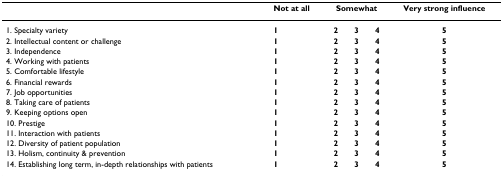
|  | Not at all | <COLSPAN=3> Somewhat | Very strong influence |
 | --- | --- | --- | --- | --- | --- |
 | 1. Specialty variety | 1 | 2 | 3 | 4 | 5 |
 | 2. Intellectual content or challenge | 1 | 2 | 3 | 4 | 5 |
 | 3. Independence | 1 | 2 | 3 | 4 | 5 |
 | 4. Working with patients | 1 | 2 | 3 | 4 | 5 |
 | 5. Comfortable lifestyle | 1 | 2 | 3 | 4 | 5 |
 | 6. Financial rewards | 1 | 2 | 3 | 4 | 5 |
 | 7. Job opportunities | 1 | 2 | 3 | 4 | 5 |
 | 8. Taking care of patients | 1 | 2 | 3 | 4 | 5 |
 | 9. Keeping options open | 1 | 2 | 3 | 4 | 5 |
 | 10. Prestige | 1 | 2 | 3 | 4 | 5 |
 | 11. Interaction with patients | 1 | 2 | 3 | 4 | 5 |
 | 12. Diversity of patient population | 1 | 2 | 3 | 4 | 5 |
 | 13. Holism, continuity & prevention | 1 | 2 | 3 | 4 | 5 |
 | 14. Establishing long term, in-depth relationships with patients | 1 | 2 | 3 | 4 | 5 |